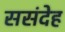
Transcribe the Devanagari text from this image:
ससंदेह